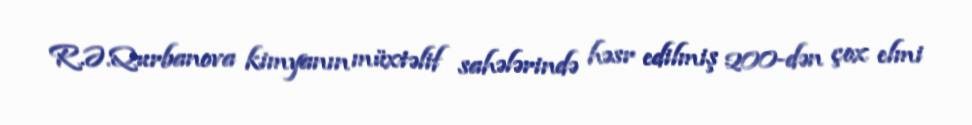
R.Ə.Qurbanova kimyanın müxtəlif sahələrində həsr edilmiş 200-dən çox elmi